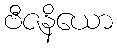
ဗီဇနိယော